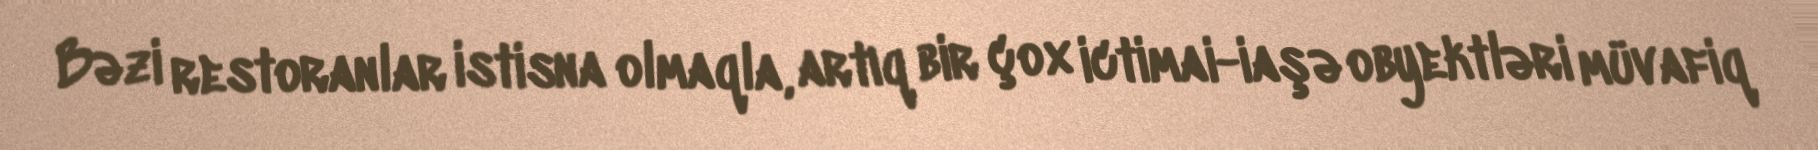
Bəzi restoranlar istisna olmaqla, artıq bir çox ictimai-iaşə obyektləri müvafiq